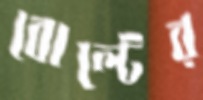
বোল্টের